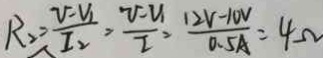
R _ { 2 } = \frac { v - V _ { 1 } } { I _ { 2 } } = \frac { v - V } { I } = \frac { 1 2 V - 1 0 V } { 0 . 5 A } = 4 \Omega